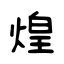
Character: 煌